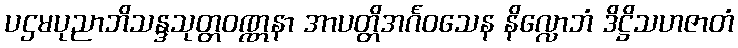
ပဌမပုညာဘိသန္ဒသုတ္တဝဏ္ဏနာ အာပတ္တိအင်္ဂဝသေန နိလ္လောဘံ ဒိဋ္ဌိသဟဇာတံ